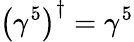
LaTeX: \left(\gamma^{5}\right)^{\dagger}=\gamma^{5}